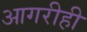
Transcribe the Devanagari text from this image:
आगरीही